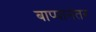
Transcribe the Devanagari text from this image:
बाप्पानंतर